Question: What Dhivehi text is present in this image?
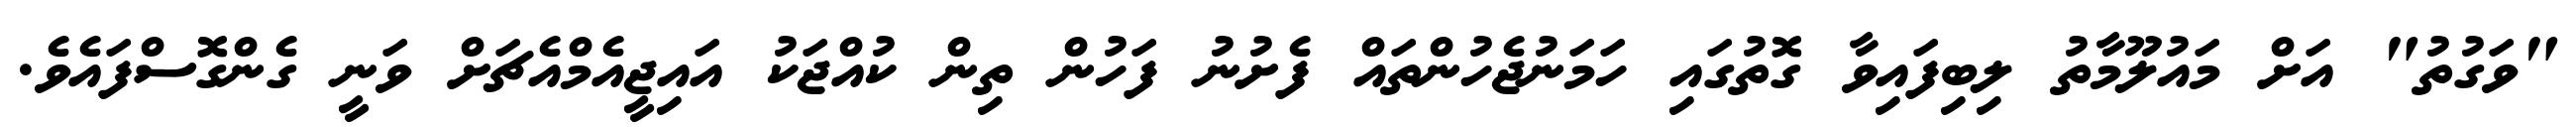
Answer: "ވަގުތު" އަށް މައުލޫމާތު ލިބިފައިވާ ގޮތުގައި ހަމަނުޖެހުންތައް ފެށުނު ފަހުން ތިން ކުއްޖަކު އައިޖީއެމްއެޗަށް ވަނީ ގެންގޮސްފައެވެ.